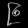
Digit: ၉